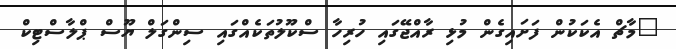
"މާޗް އެކަކުން ފަށައިގެން މުޅި ރާއްޖޭގައި ހުރިހާ ސްކޫލުތަކެއްގައި ސިންގަލް ޔޫސް ޕްލާސްޓިކް